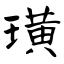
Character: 璜